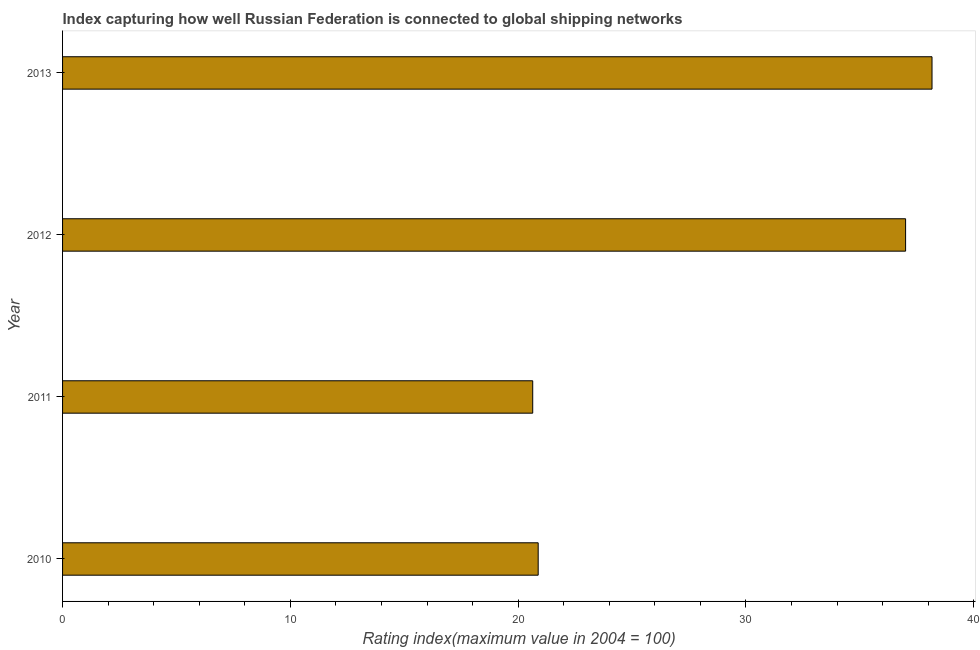
| Year | Liner shipping connectivity index  |
 | --- | --- |
 | 2010 | 20.9 |
 | 2011 | 20.6 |
 | 2012 | 37 |
 | 2013 | 38.2 |